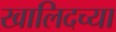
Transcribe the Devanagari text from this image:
खालिदच्या